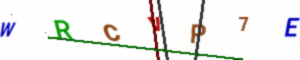
Text: WRCVP7E